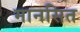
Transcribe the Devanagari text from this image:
मानसित